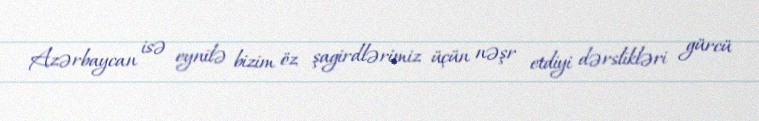
Azərbaycan isə eynilə bizim öz şagirdlərimiz üçün nəşr etdiyi dərslikləri gürcü